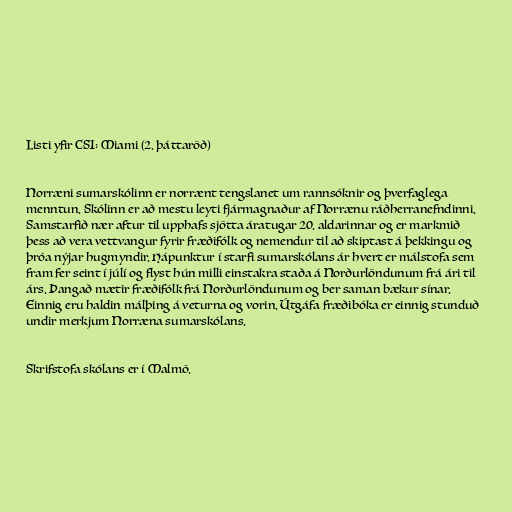
Listi yfir CSI: Miami (2. þáttaröð)

Norræni sumarskólinn er norrænt tengslanet um rannsóknir og þverfaglega
menntun. Skólinn er að mestu leyti fjármagnaður af Norrænu ráðherranefndinni.
Samstarfið nær aftur til upphafs sjötta áratugar 20. aldarinnar og er markmið
þess að vera vettvangur fyrir fræðifólk og nemendur til að skiptast á þekkingu og
þróa nýjar hugmyndir. Hápunktur í starfi sumarskólans ár hvert er málstofa sem
fram fer seint í júlí og flyst hún milli einstakra staða á Norðurlöndunum frá ári til
árs. Þangað mætir fræðifólk frá Norðurlöndunum og ber saman bækur sínar.
Einnig eru haldin málþing á veturna og vorin. Útgáfa fræðibóka er einnig stunduð
undir merkjum Norræna sumarskólans.

Skrifstofa skólans er í Malmö.